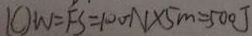
1 0 W = F S = 1 0 0 N \times 5 m = 5 0 0 J